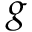
g